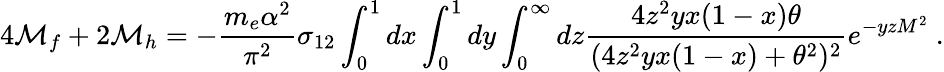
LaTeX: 4{\cal M}_{f}+2{\cal M}_{h}=-{\frac{m_{e}\alpha^{2}}{\pi^{2}}}\sigma_{12}\int_{0}^{1}dx\int_{0}^{1}dy\int_{0}^{\infty}dz{\frac{4z^{2}yx(1-x)\theta}{(4z^{2}yx(1-x)+\theta^{2})^{2}}}e^{-yzM^{2}}\ .